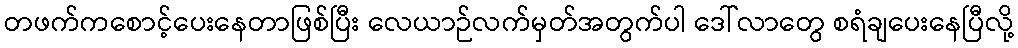
တဖက်ကစောင့်ပေးနေတာဖြစ်ပြီး လေယာဉ်လက်မှတ်အတွက်ပါ ဒေါ်လာတွေ စရံချပေးနေပြီလို့